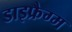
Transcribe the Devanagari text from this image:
डाइफ्रैग्म